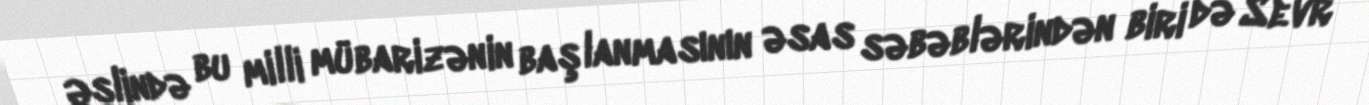
Əslində bu milli mübarizənin başlanmasının əsas səbəblərindən biri də Sevr